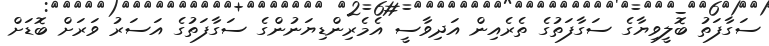
ސަގާފަތު ބޮލީވިޔާގެ ސަގާފަތުގެ ތެރެއިން އަދިވާސީ އެމެރިންޑިޔަނުންގެ ސަގާފަތުގެ އަސަރު ވަރަށް ބޮޑަށް